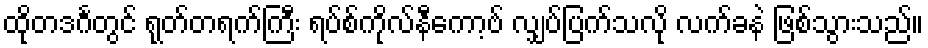
ထိုတဒင်္ဂတွင် ရုတ်တရက်ကြီး ရပ်စ်ကိုလ်နီကော့ဗ် လျှပ်ပြက်သလို လက်ခနဲ ဖြစ်သွားသည်။